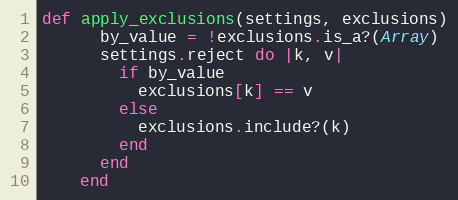
Language: Ruby
def apply_exclusions(settings, exclusions)
      by_value = !exclusions.is_a?(Array)
      settings.reject do |k, v|
        if by_value
          exclusions[k] == v
        else
          exclusions.include?(k)
        end
      end
    end